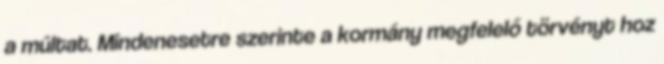
a múltat. Mindenesetre szerinte a kormány megfelelő törvényt hoz